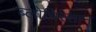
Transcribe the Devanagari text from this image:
ब्लोचिस्तान